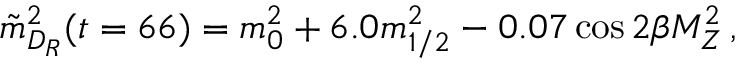
\tilde { m } _ { D _ { R } } ^ { 2 } ( t = 6 6 ) = m _ { 0 } ^ { 2 } + 6 . 0 m _ { 1 / 2 } ^ { 2 } - 0 . 0 7 \cos { 2 \beta } M _ { Z } ^ { 2 } \, ,